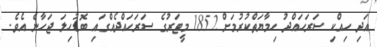
އަދި ހިއްކި ސަރަހައްދު ހިމާޔަތްކުރުމަށް 1852 މީޓަރުގެ ސަރަހައްދެއްގައި ބޮޑުހިލަ ޖަހާނެ އެވެ.